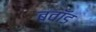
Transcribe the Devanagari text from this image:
ब्वॉड